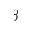
\beta